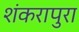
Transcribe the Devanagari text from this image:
शंकरापुरा